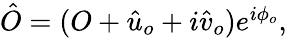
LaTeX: \begin{array}{r}{\hat{O}=(O+\hat{u}_{o}+i\hat{v}_{o})e^{i\phi_{o}},}\end{array}